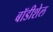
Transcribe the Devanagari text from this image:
बॉडीशेल